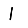
Digit: 1